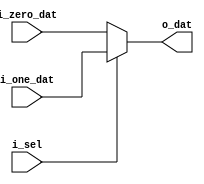
`timescale 1ns / 1ps

/* Two way MUX */

module two_way_mux(
    input       [31:0]      i_zero_dat,
    input       [31:0]      i_one_dat,
    input                   i_sel,
    output      [31:0]      o_dat
);

    assign o_dat = (i_sel == 1'b0) ? i_zero_dat : i_one_dat;

endmodule

module two_way_mux_9_bit(
    input       [8:0]      i_zero_dat,
    input       [8:0]      i_one_dat,
    input                  i_sel,
    output      [8:0]      o_dat
);

    assign o_dat = (i_sel == 1'b0) ? i_zero_dat : i_one_dat;

endmodule